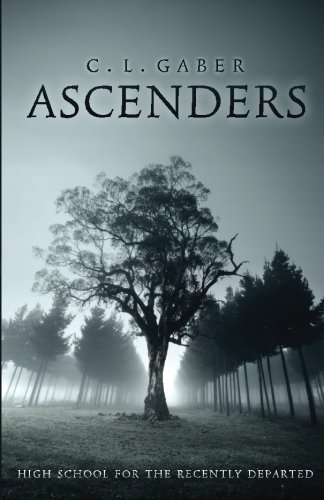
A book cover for Ascenders: High School for the Recently Deceased (Ascenders Saga) (Volume 1); C.L. Gaber; Science Fiction & Fantasy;